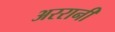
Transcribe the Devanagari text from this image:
अररानी